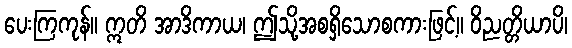
ပေးကြကုန်။ ဣတိ အာဒိကာယ၊ ဤသို့အစရှိသောစကားဖြင့်။ ဝိညတ္တိယာပိ၊